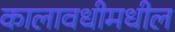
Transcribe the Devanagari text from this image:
कालावधीमधील